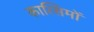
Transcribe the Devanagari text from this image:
कात्सिमों